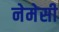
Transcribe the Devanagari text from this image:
नेमेसी